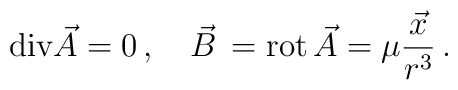
{\rm div}\vec{A}=0\,, \quad \vec{B}\,={\rm rot}\, \vec{A}=\mu\frac{\vec{x}}{r^3}\,.